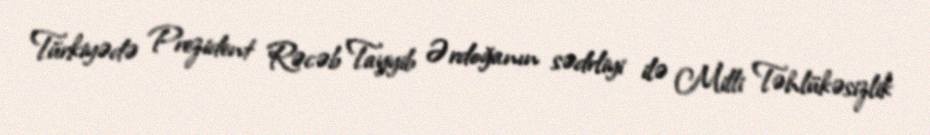
Türkiyədə Prezident Rəcəb Tayyib Ərdoğanın sədrliyi ilə Milli Təhlükəsizlik